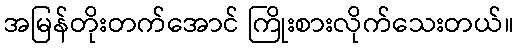
အမြန်တိုးတက်အောင် ကြိုးစားလိုက်သေးတယ်။